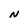
Character: N